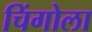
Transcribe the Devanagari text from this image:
चिंगोला